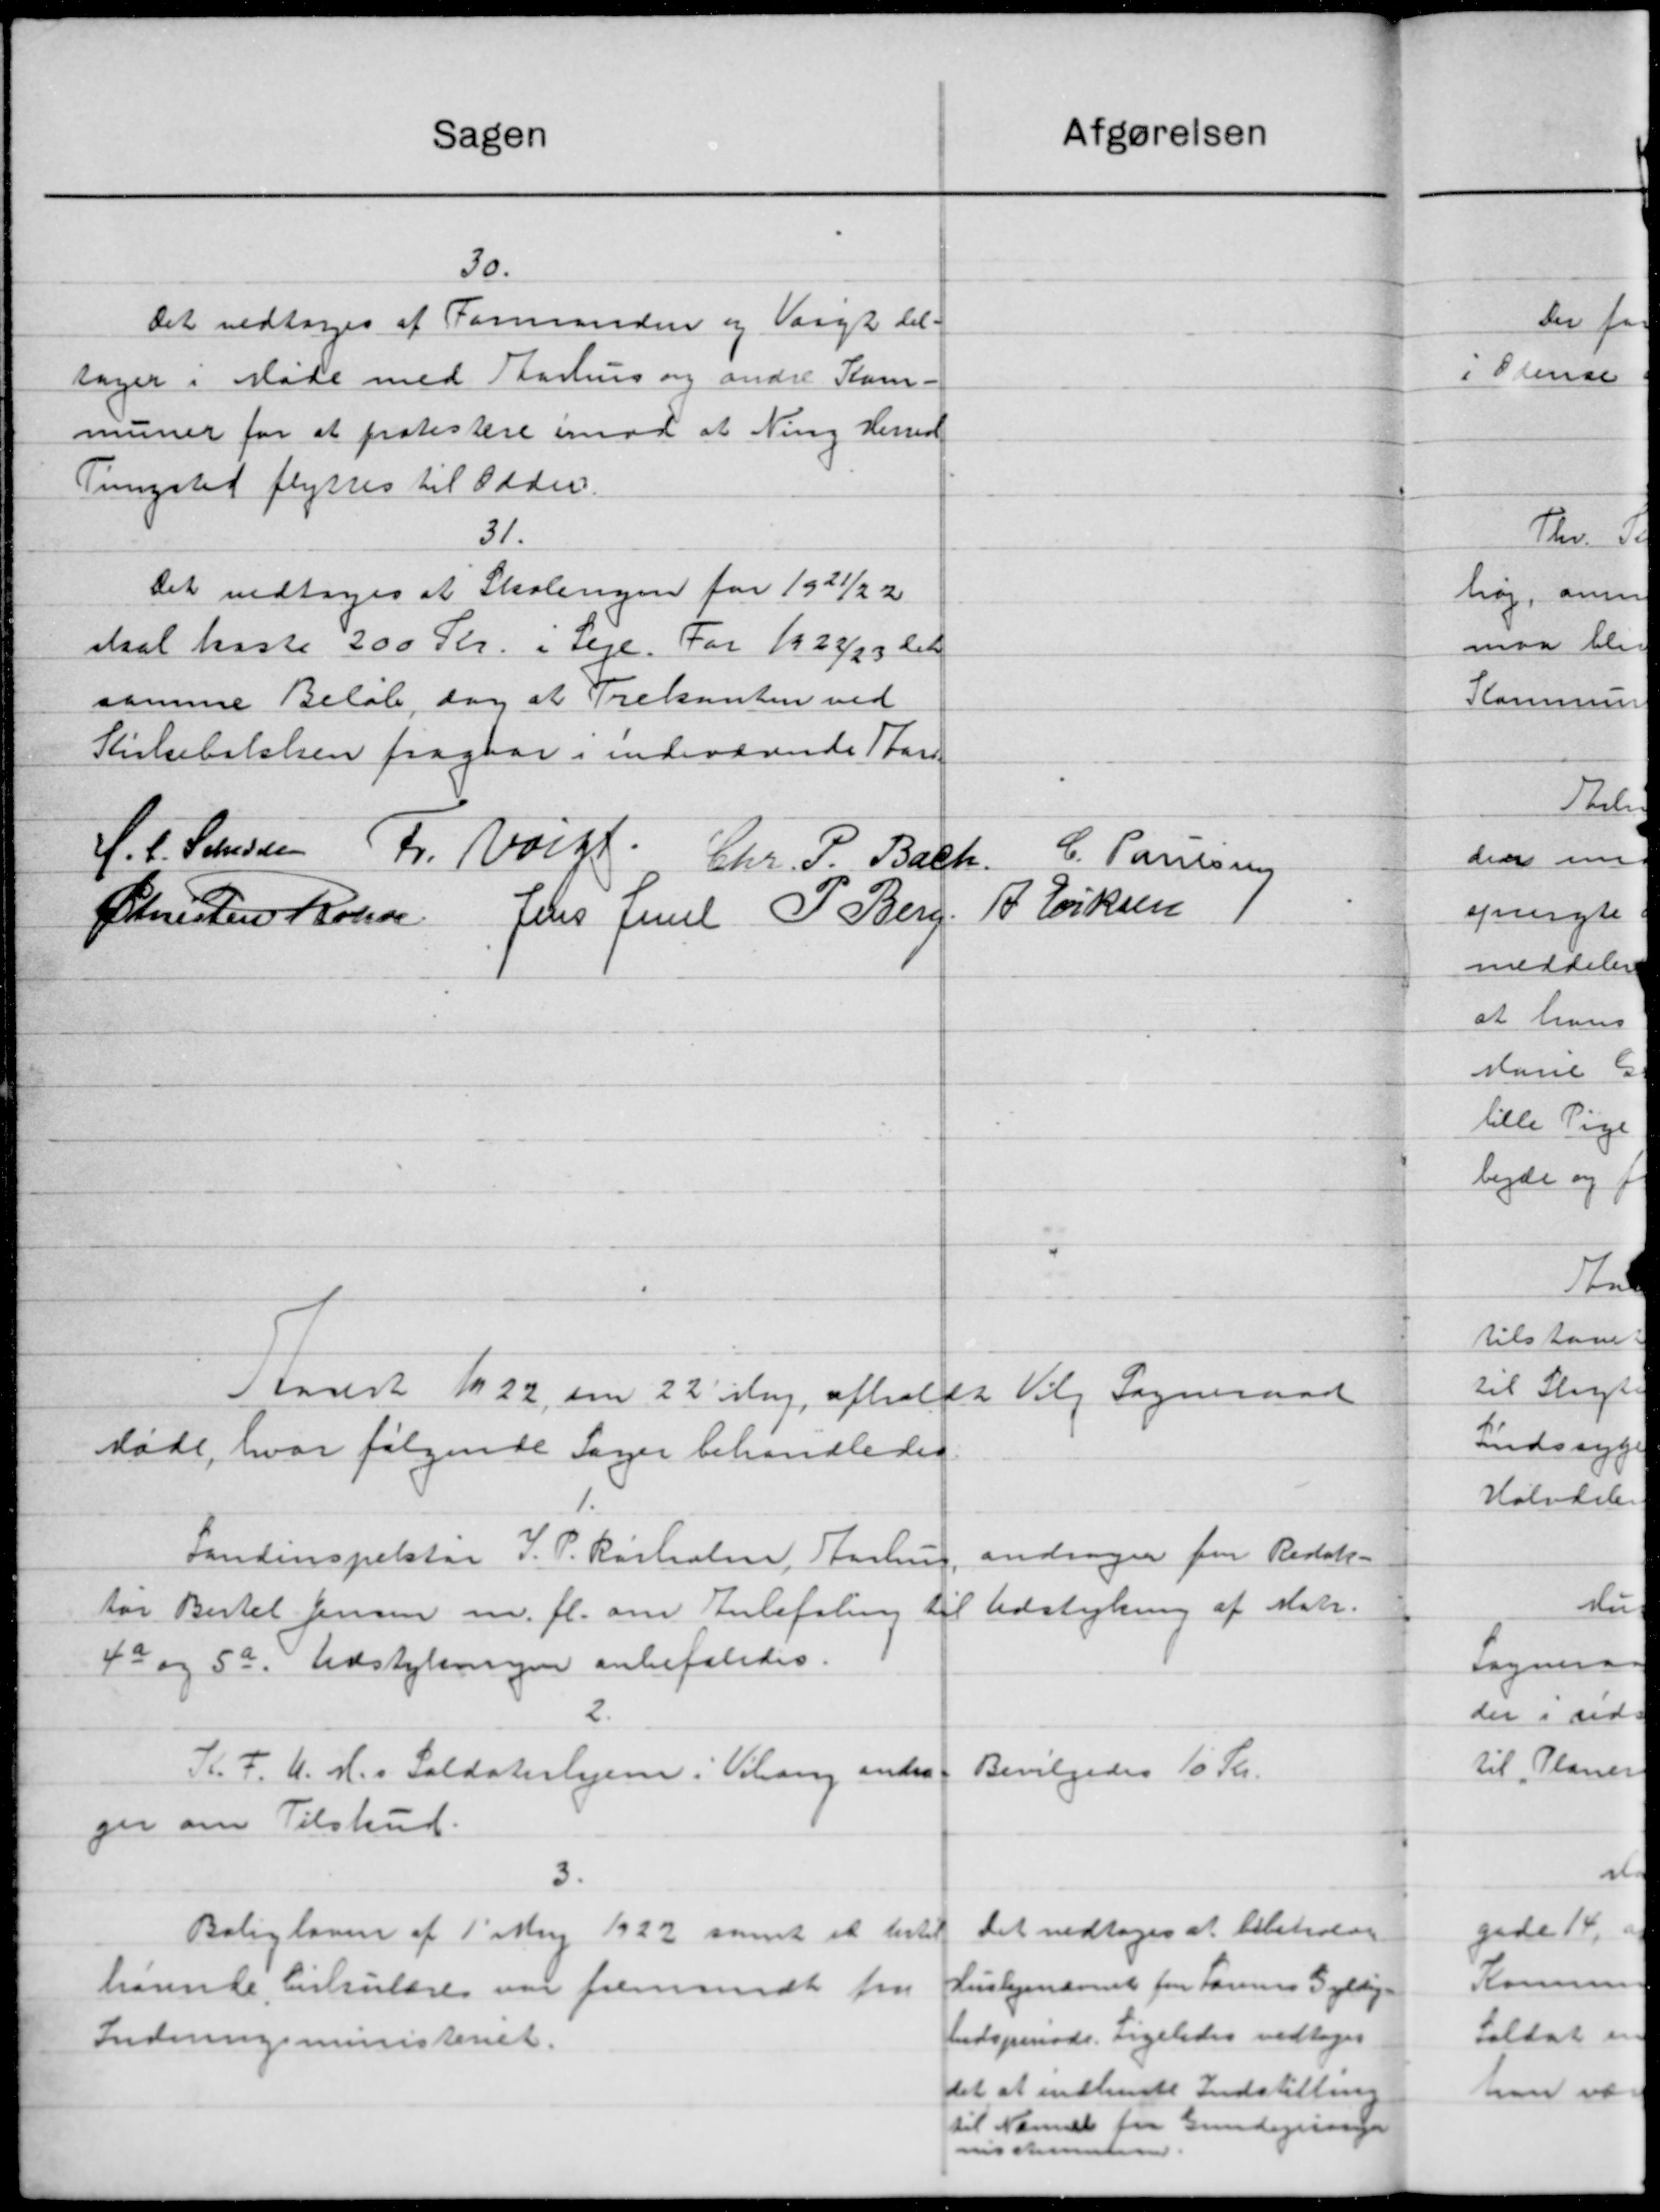
Transskription:
Afgørelsen
Sagen
30.
Det vedtoges af Formanden og Valgt til-
sager i Møde med Aarhus og andre Kom-
muner for at protestere imod at Ning Herred
Tungsted flyttes til Odder.
31.
Det vedtoges at Skolengen for 1921/22
skal kaste 200 Kr. i Leje. For 1922/23 det
samme Beløb, dog at Trekanten ved
Kirkebalelsen fragaar i indeværende Stan-
J. P. Jensen Fr. Valgt
C. Poulsen
Chr. P. Bach.
A Eriksen
Christen Kolen Jens Juel P. Berg
Aaret 1922 den 22' Maj afholdt Valg Sogneraad
Møde, hvor følgende Sager behandledes.
andrager for Redak-
Landinspektør J. P. Rørholm, Aarhus
Udstykning af Matr.
tør Bertel Jensen m. fl. om Anbefaling til
4a og 5a. Udstykningen anbefaledes.
2.
Bevilgedes 10 Kr.
K. F. U. M.s Soldaterhjem i Vilang andra
ger om Tilskud.
Det vedtoges at bibetrolige
Boligloven af 1' Maj 1922 samt at hertil
Huslejenævnet for Forenes Gyldig-
hørende Cirkulære var fremsendt fra
hedspmøde. Ligeledes vedtoges
Indenrigsministeriet.
det at indhende Indstilling
til Nævnet fra Gundegninge
nsstemt